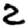
Digit: 2